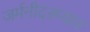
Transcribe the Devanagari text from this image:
जर्मनीदरम्यान